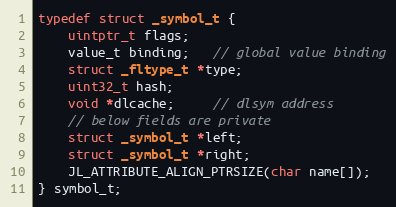
Language: C
typedef struct _symbol_t {
    uintptr_t flags;
    value_t binding;   // global value binding
    struct _fltype_t *type;
    uint32_t hash;
    void *dlcache;     // dlsym address
    // below fields are private
    struct _symbol_t *left;
    struct _symbol_t *right;
    JL_ATTRIBUTE_ALIGN_PTRSIZE(char name[]);
} symbol_t;